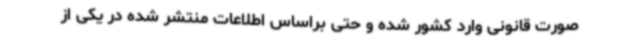
صورت قانونی وارد کشور شده و حتی براساس اطلاعات منتشر شده در یکی از